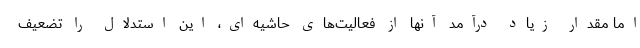
اما مقدار زیاد درآمد آنها از فعالیت‌های حاشیه‌ای، این استدلال را تضعیف